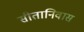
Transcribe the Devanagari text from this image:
सीतानिवास